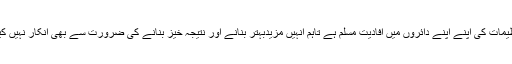
برادر تنظیمات کی اپنے اپنے دائروں میں افادیت مسلم ہے تاہم انہیں مزیدبہتر بنانے اور نتیجہ خیز بنانے کی ضرورت سے بھی انکار نہیں کیاجاسکتا۔